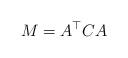
LaTeX: \begin{align*}M = A^{\top} C A\end{align*}